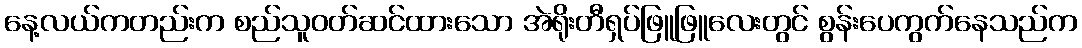
နေ့လယ်ကတည်းက စည်သူဝတ်ဆင်ထားသော အဲရိုးတီရှပ်ဖြူဖြူလေးတွင် စွန်းပေကွက်နေသည်က